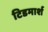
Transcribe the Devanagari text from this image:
टिडमार्श